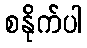
စနိုက်ပါ